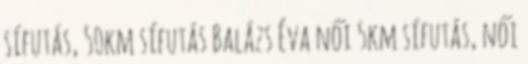
sífutás, 50km sífutás Balázs Éva női 5km sífutás, női